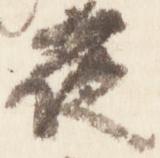
夜